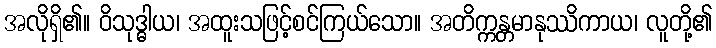
အလိုရှိ၏။ ဝိသုဒ္ဓါယ၊ အထူးသဖြင့်စင်ကြယ်သော။ အတိက္ကန္တမာနုဿိကာယ၊ လူတို့၏